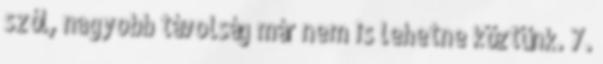
szól, nagyobb távolság már nem is lehetne köztünk. 7.